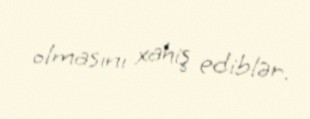
olmasını xahiş ediblər.